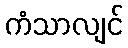
ကံသာလျင်